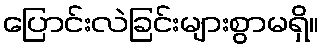
ပြောင်းလဲခြင်းများစွာမရှိ။